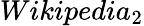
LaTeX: Wikipedia_{2}